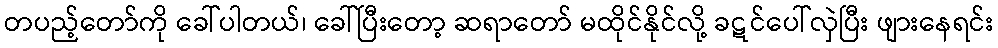
တပည့်တော်ကို ခေါ်ပါတယ်၊ ခေါ်ပြီးတော့ ဆရာတော် မထိုင်နိုင်လို့ ခဋင်ပေါ်လှဲပြီး ဖျားနေရင်း